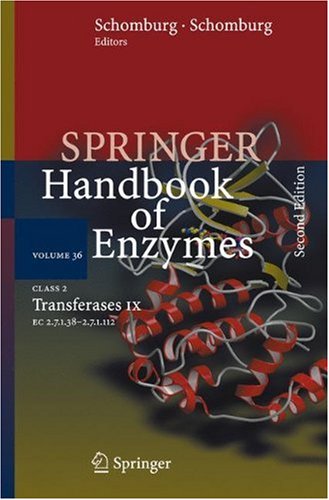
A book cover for Class 2 . Transferases IX: EC 2.7.1.38 - 2.7.1.112 (Springer Handbook of Enzymes); Medical Books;